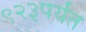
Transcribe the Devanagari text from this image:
९२३पर्यंत